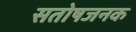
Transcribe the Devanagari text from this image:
सतोषजनक